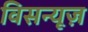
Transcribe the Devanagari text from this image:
विसन्यूज़